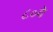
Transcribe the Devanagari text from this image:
८०वे